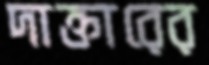
দাক্তারের